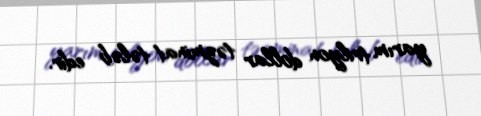
yarım trilyon dollar təzminat tələb edir.